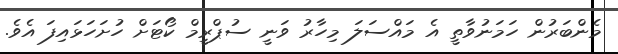
މެންބަރުން ހަމަނުވާތީ އެ މައްސަލަ މިހާރު ވަނީ ސުޕްރީމް ކޯޓަށް ހުށަހަޅައިފަ އެވެ.